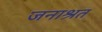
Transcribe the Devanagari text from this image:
जनाश्रत